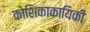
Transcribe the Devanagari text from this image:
कोशिकाकायिकी